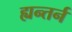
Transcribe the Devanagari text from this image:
ह्यन्तर्न